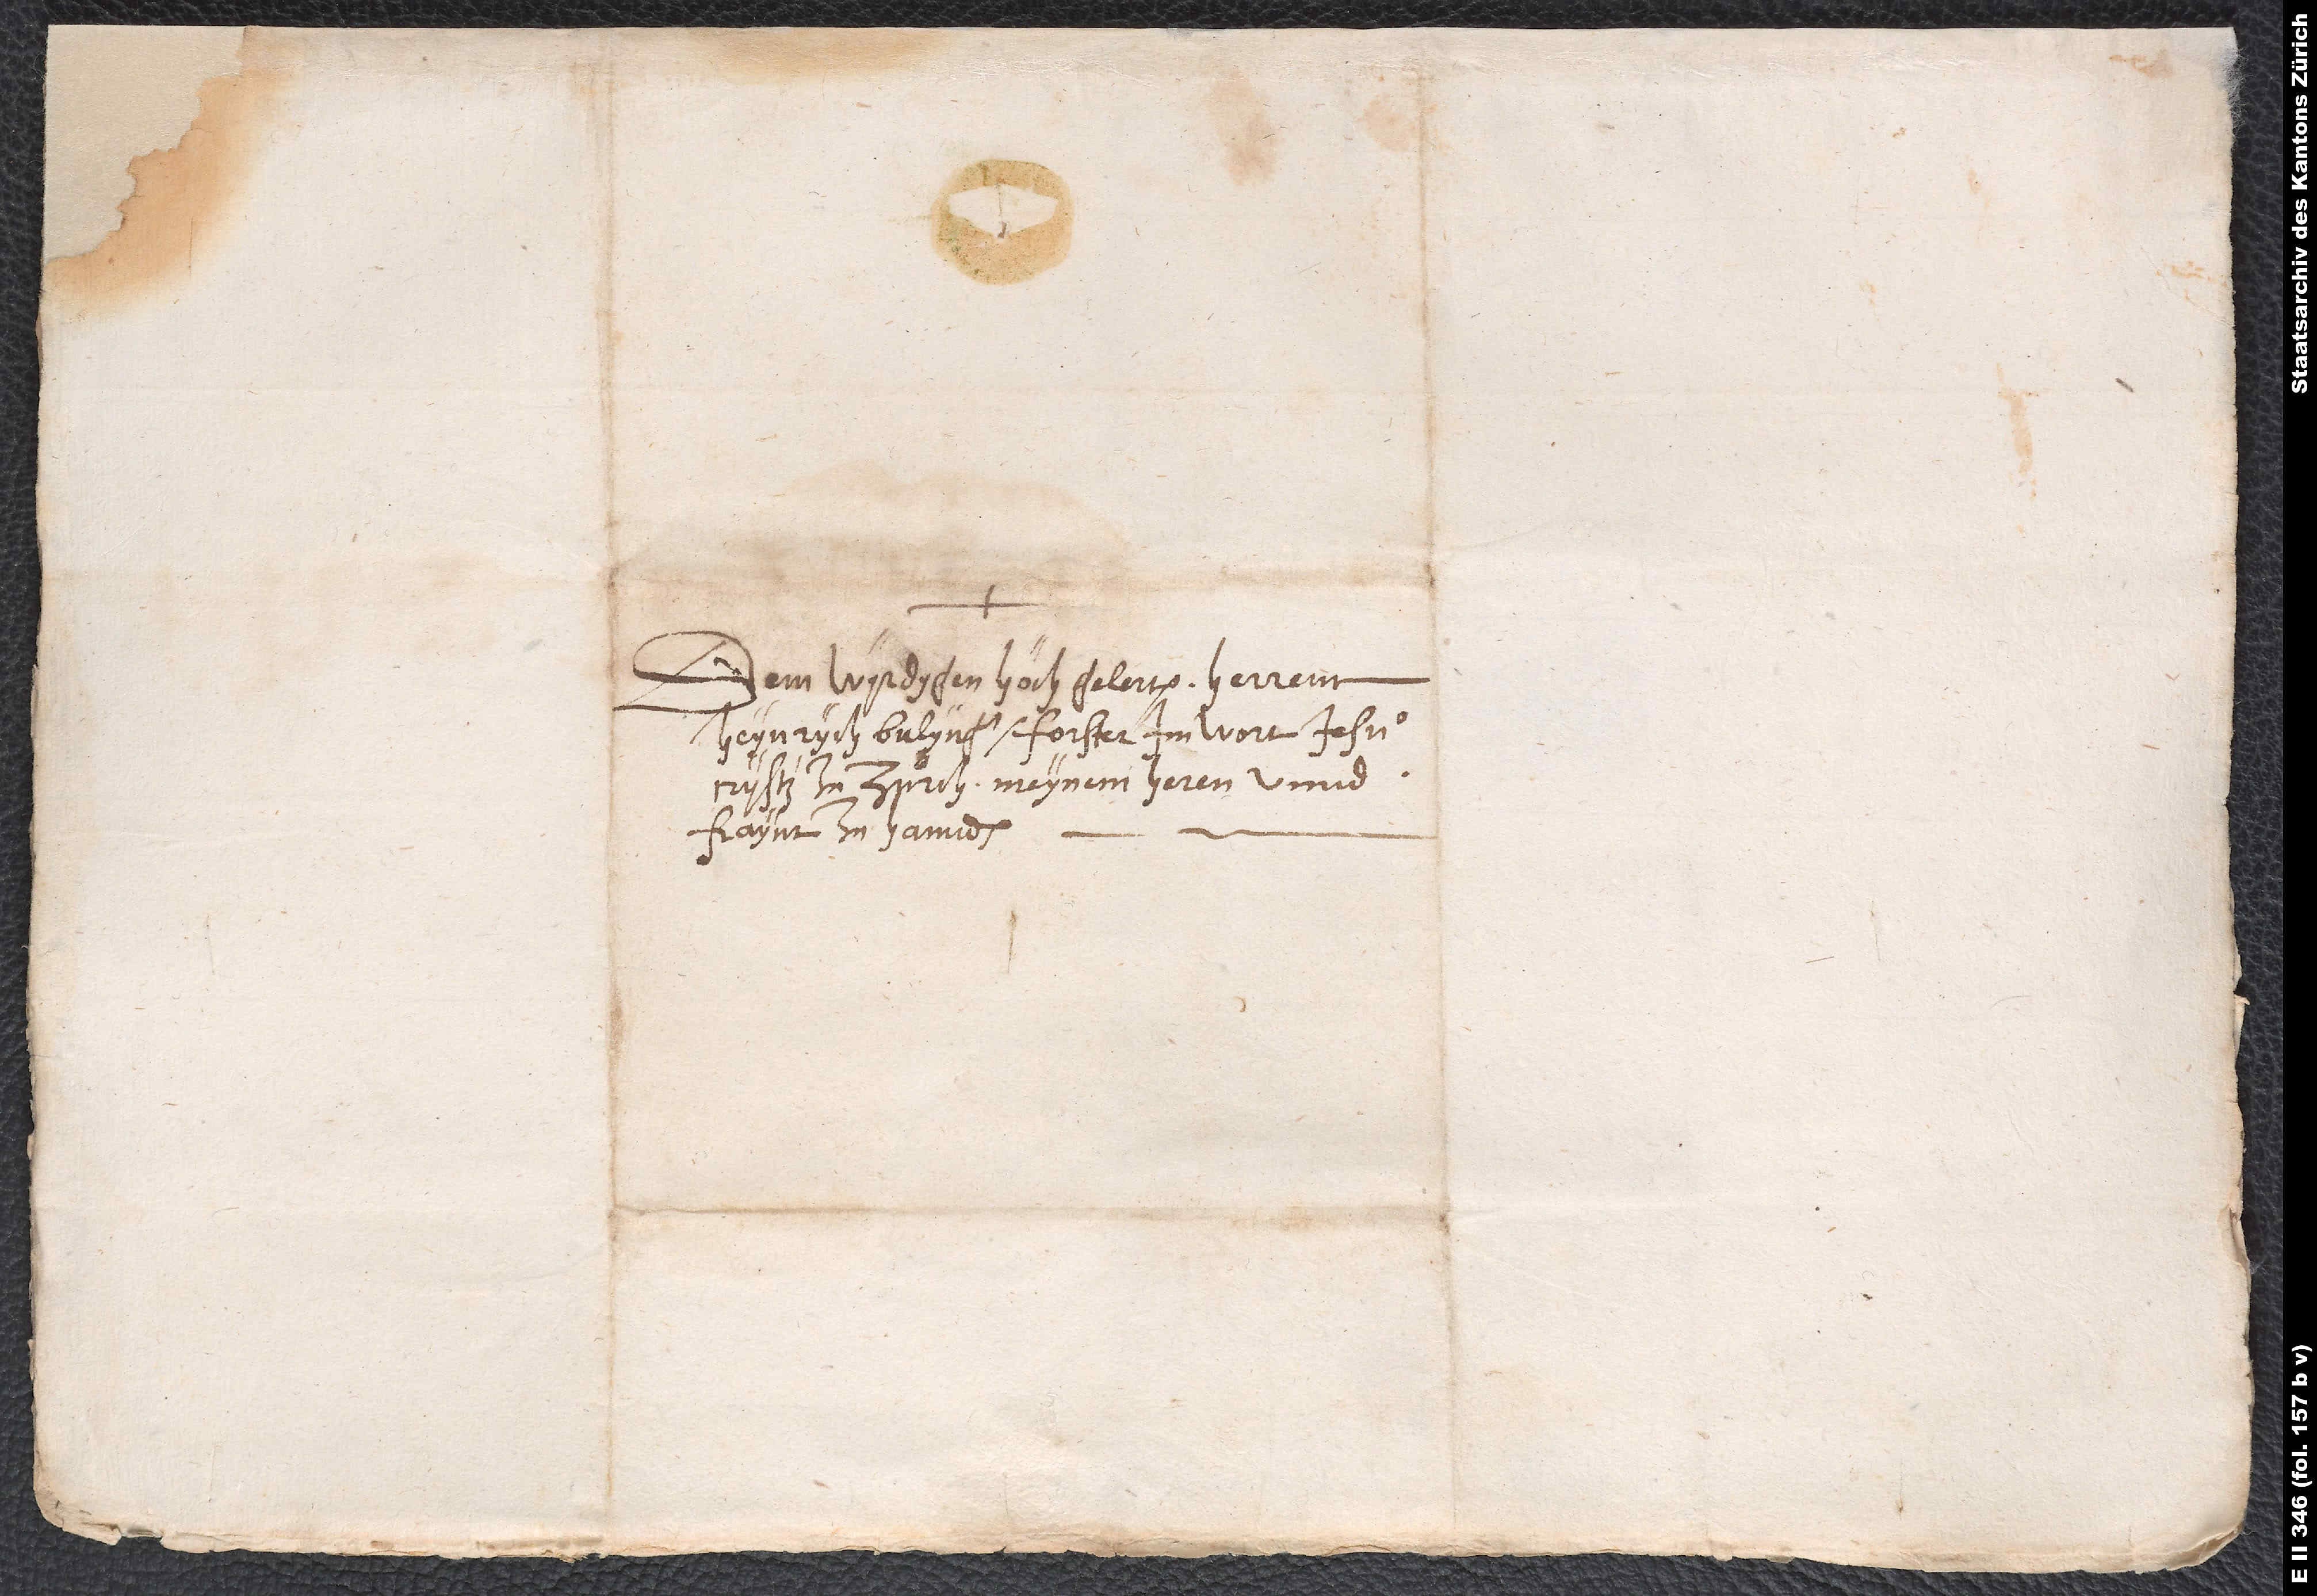
Dem wyrdygen, hochgelerten herenn
Heynrych Bulynger, forster im wort Jesu
Crystz zu Zurch, meynem heren unnd
fraynt zu hannden.